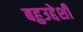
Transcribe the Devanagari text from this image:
बहुउद्देशी